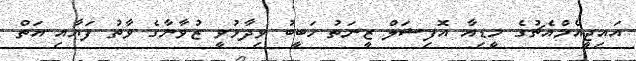
އައިޖީއެމްއެޗުގެ މީޑިއާ އޮފިޝަލް ޒީނަތު ހަބީބު ވިދާޅުވީ ޒުވާނާގެ ވާތު ފަޔާއި އަތް